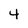
Character: 4